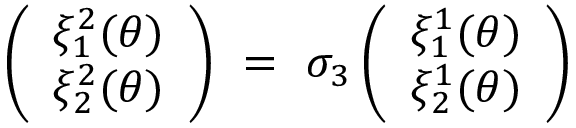
\left( \begin{array} { c } { { \xi _ { 1 } ^ { 2 } ( \theta ) } } \\ { { \xi _ { 2 } ^ { 2 } ( \theta ) } } \end{array} \right) ~ = ~ \sigma _ { 3 } \left( \begin{array} { c } { { \xi _ { 1 } ^ { 1 } ( \theta ) } } \\ { { \xi _ { 2 } ^ { 1 } ( \theta ) } } \end{array} \right)